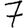
Digit: 7